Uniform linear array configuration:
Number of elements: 8
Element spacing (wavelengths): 0.75
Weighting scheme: exponential
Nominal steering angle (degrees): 15
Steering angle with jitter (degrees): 14.161
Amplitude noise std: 0.05
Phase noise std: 0.05

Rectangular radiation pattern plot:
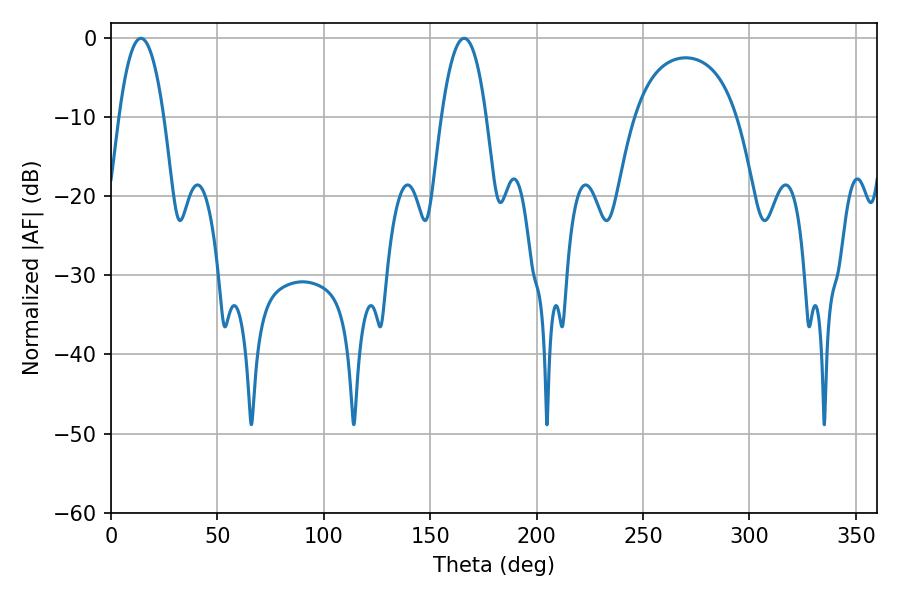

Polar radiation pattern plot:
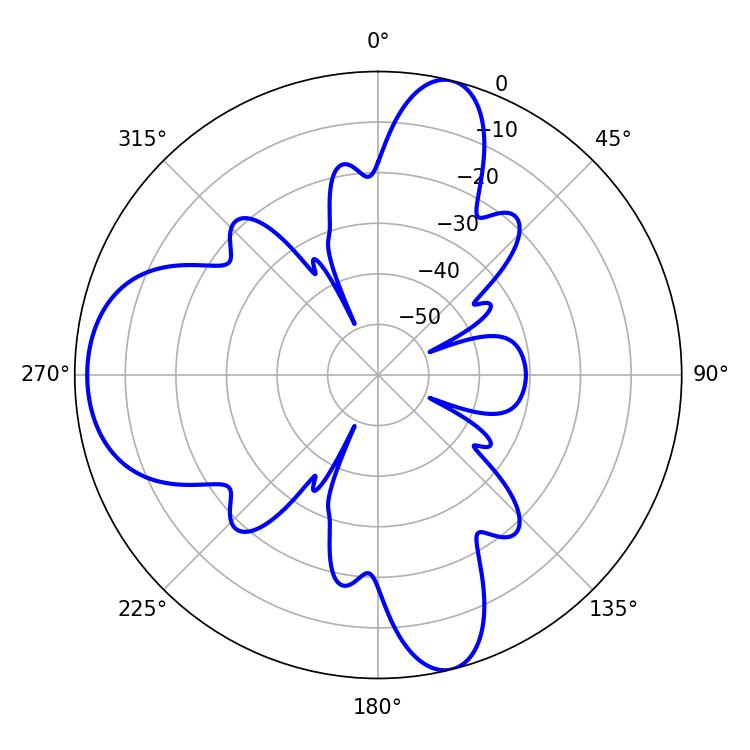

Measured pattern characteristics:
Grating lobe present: TRUE
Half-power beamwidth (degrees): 11.7
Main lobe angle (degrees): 14.04